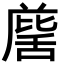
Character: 𮍹